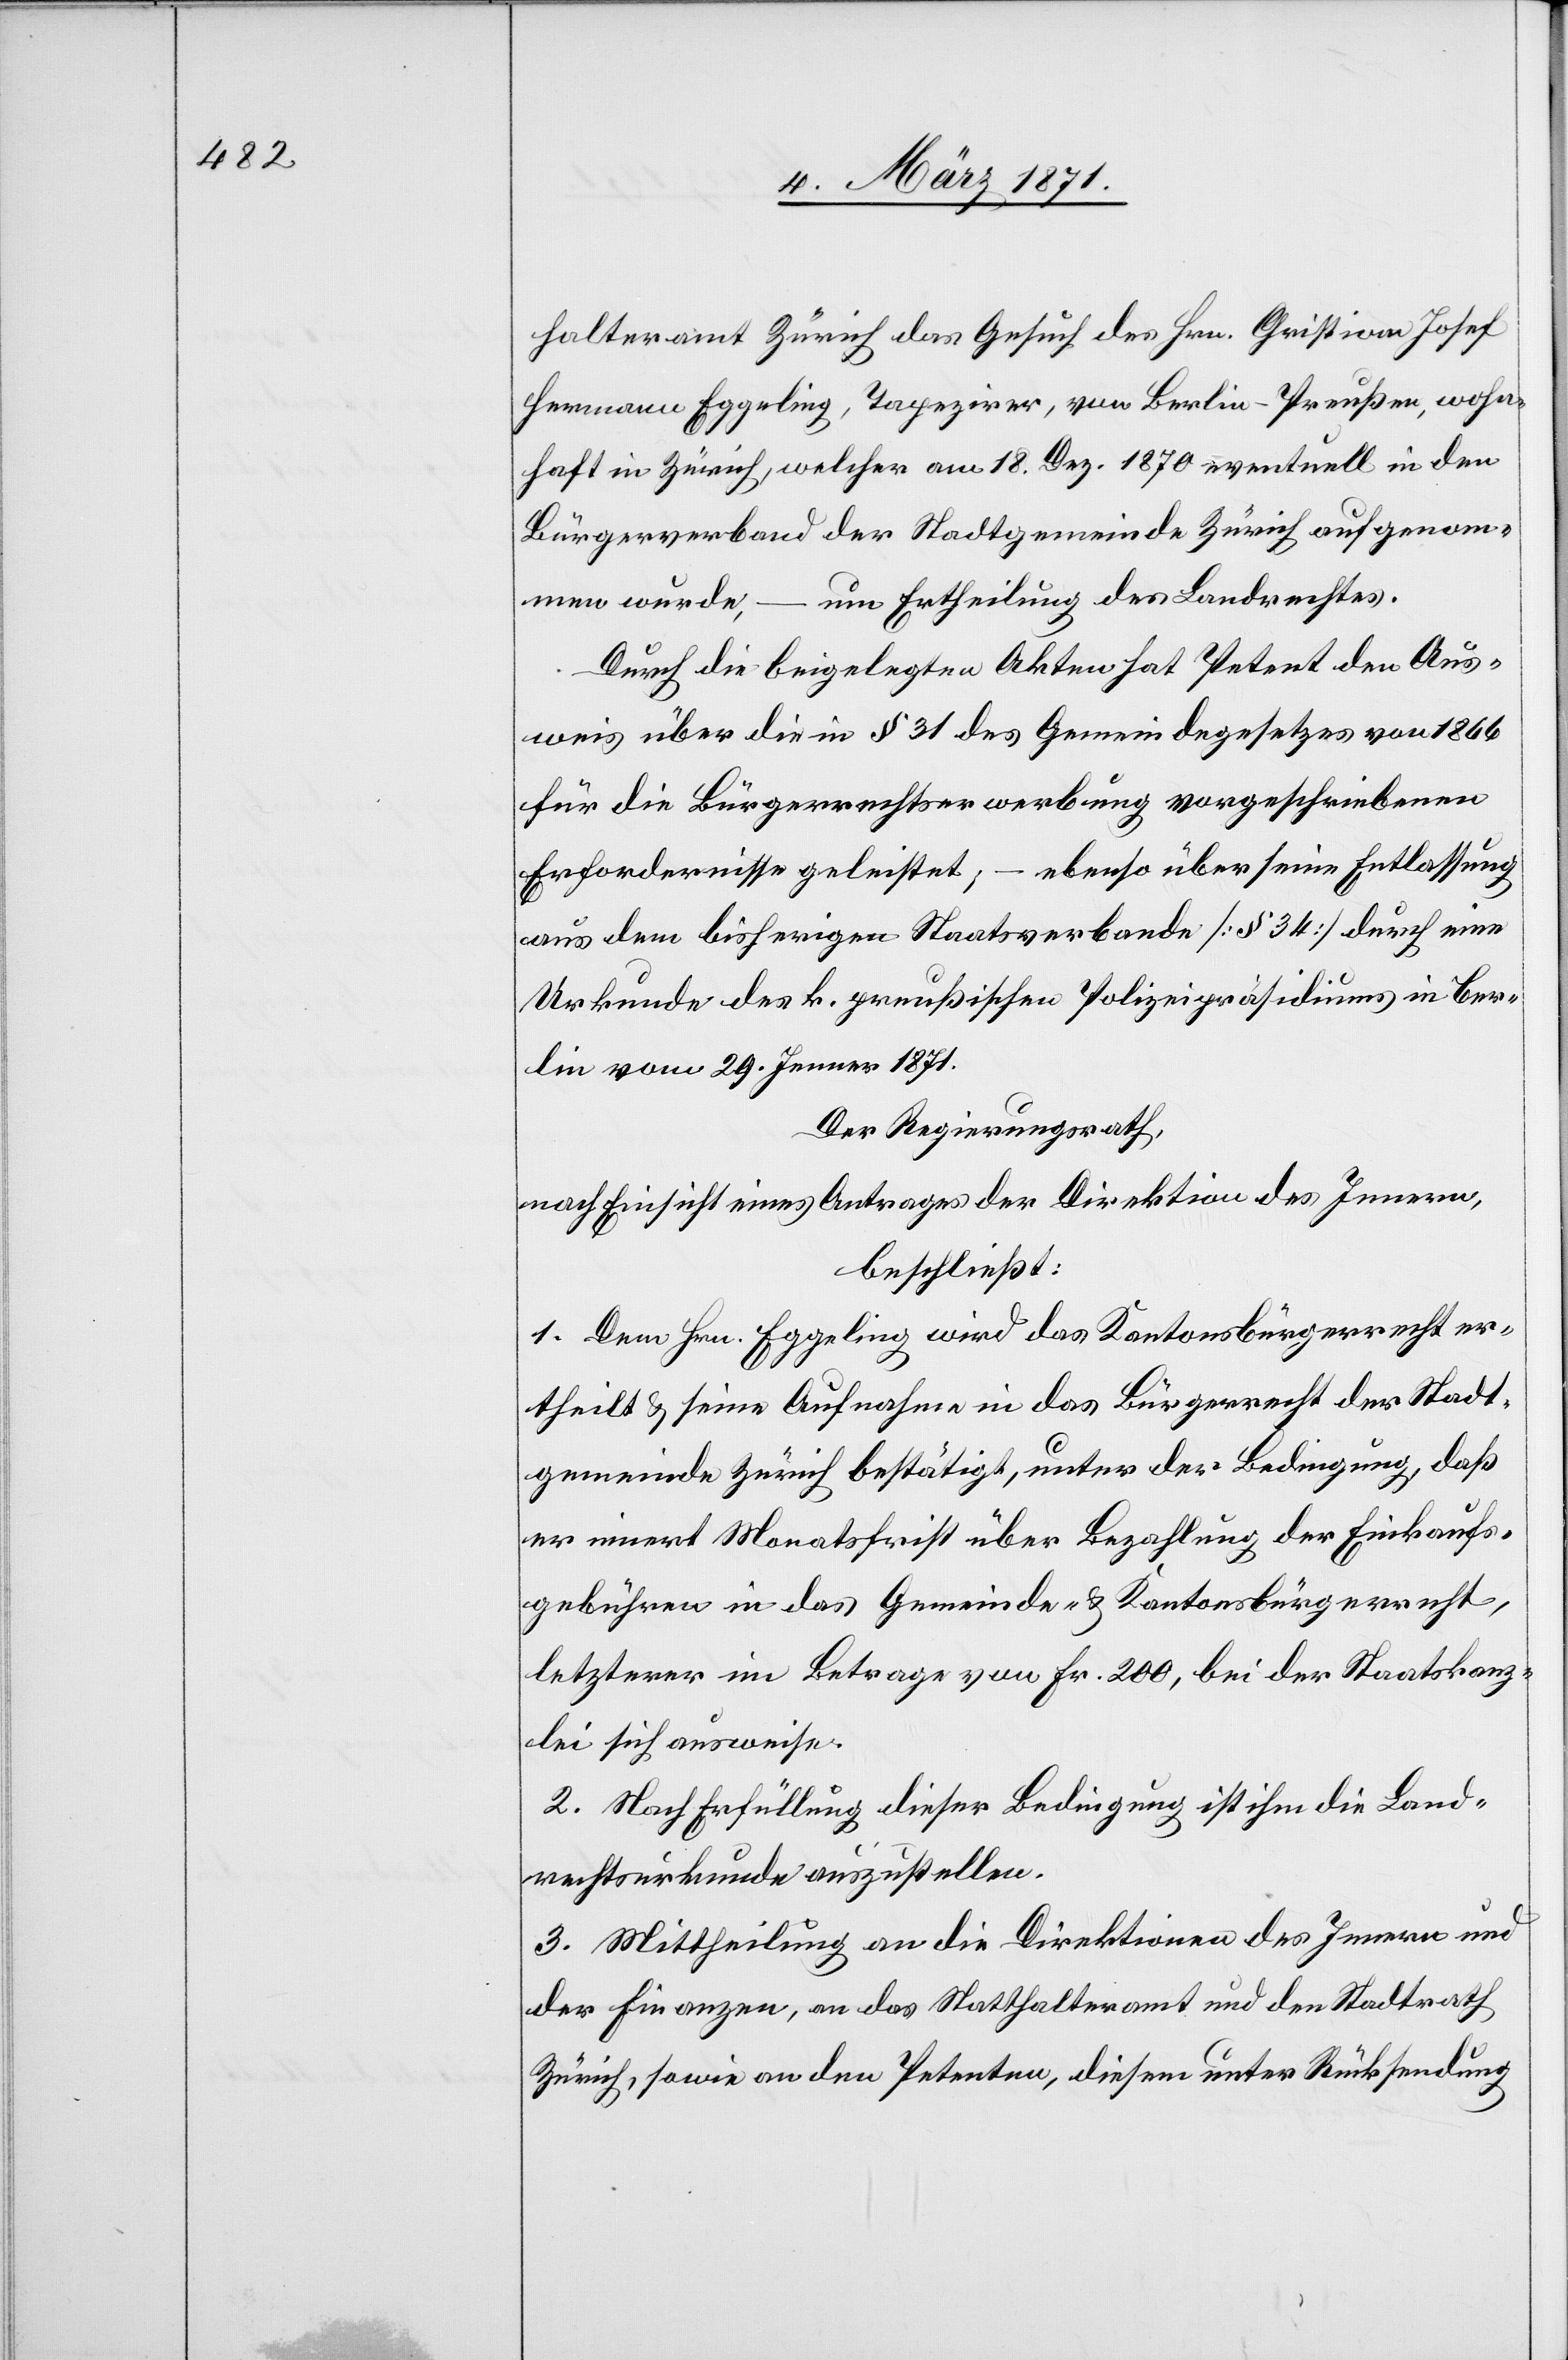
halteramt Zürich das Gesuch des Hrn. Christian Josef
Hermann Eggeling, Tapezirer, von Berlin-Preußen, wohn¬
haft in Zürich, welcher am 18. Dez. 1870 eventuell in den
Bürgerverband der Stadtgemeinde Zürich aufgenom¬
um Ertheilung des Landrechtes.
men wurde, –
Durch die beigelegten Akten hat Petent den Aus¬
weis über die in § 31 des Gemeindegesetzes von 1866
für die Bürgerrechtserwerbung vorgeschriebenen
Erfordernisse geleistet, – ebenso über seine Entlassung
aus dem bisherigen Staatsverbande [§ 34] durch eine
Urkunde des k. preußischen Polizeipräsidiums in Ber¬
lin vom 29. Jenner 1871.
Der Regierungsrath,
nach Einsicht eines Antrages der Direktion des Innern,
beschließt:
1. Dem Hrn. Eggeling wird das Kantonsbürgerrecht er¬
theilt u. seine Aufnahme in das Bürgerrecht der Stadt¬
gemeinde Zürich bestätigt, unter der Bedingung, daß
er innert Monatsfrist über Bezahlung der Einkaufs¬
gebühren in das Gemeinde- u. Kantonsbürgerrecht,
letzterer im Betrage von Fr. 200, bei der Staatskanz¬
lei sich ausweise.
2. Nach Erfüllung dieser Bedingung ist ihm die Land¬
rechtsurkunde auszustellen.
3. Mittheilung an die Direktion des Innern und
der Finanzen, an das Statthalteramt und den Stadtrath
Zürich, sowie an den Petenten, diesem unter Rücksendung